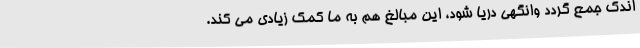
اندک جمع گردد وانگهی دریا شود، این مبالغ هم به ما کمک زیادی می کند.